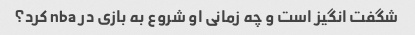
شگفت انگیز است و چه زمانی او شروع به بازی در nba کرد؟